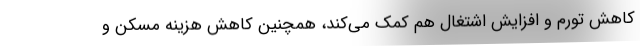
کاهش تورم و افزایش اشتغال هم کمک می‌کند، همچنین کاهش هزینه مسکن و